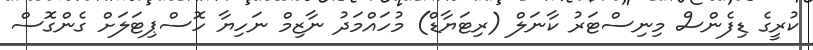
ކުރީގެ ޑިފެންސް މިނިސްޓަރު ކާނަލް (ރިޓަޔާޑް) މުހައްމަދު ނާޒިމް ނަހިޔާ ހޮސްޕިޓަލަށް ގެންގޮސް